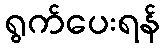
ရွက်ပေးရန်